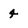
Character: 4